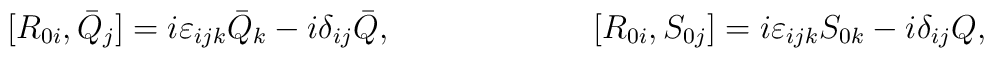
[R_{0i},\bar{Q}_j]=i\varepsilon_{ijk}\bar{Q}_k-i\delta_{ij}\bar{Q},\hspace{1in}[R_{0i},S_{0j}]=i\varepsilon_{ijk}S_{0k}-i\delta_{ij}Q,